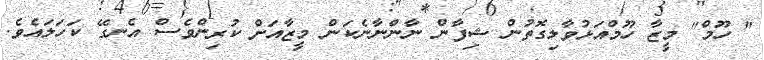
" ހޫމް" މީޒާ ހޫމްއަޅުވާލިގޮތުން ޝިފާން ނާންނާނެކަން މީޒާއަށް ކުރިންވެސް އެނގޭ ކަހަލައެވެ.